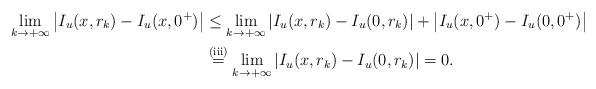
LaTeX: \begin{align*}\lim_{k\to+\infty}\left\vert I_u(x, r_k) - I_u(x, 0^+)\right\vert &\leq \lim_{k\to+\infty}\left\vert I_u(x, r_k) - I_u(0,r_k)\right\vert+\left\vert I_u(x, 0^+) - I_u(0,0^+)\right\vert\\&\stackrel{\textup{(iii)}}{=}\lim_{k\to+\infty}\left\vert I_u(x, r_k) - I_u(0,r_k)\right\vert =0.\end{align*}